Annual report on the Civil Veterinary Department, Burma (including the Insein Veterinary School) - 1923-1931
Year: 1923
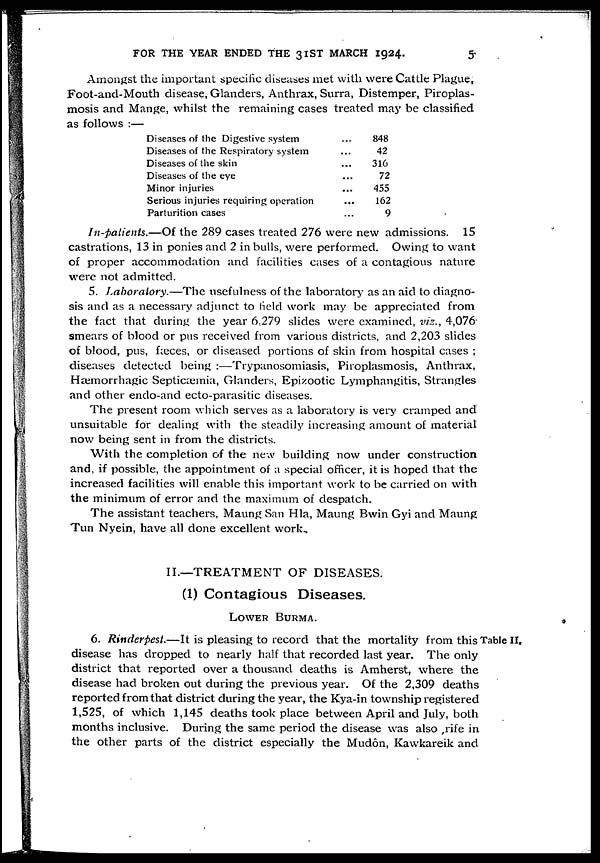
FOR THE YEAR ENDED THE 31ST MARCH 1924.
5
Amongst the important specific diseases met with were Cattle Plague,
Foot-and-Mouth disease, Glanders, Anthrax, Surra, Distemper, Piroplas-
mosis and Mange, whilst the remaining cases treated may be classified
as follows :—
Diseases of the Digestive system ...
Diseases of the Respiratory system ...
Diseases of the skin ...
Diseases of the eye ...
Minor injuries ...
Serious injuries requiring operation ...
Parturition cases ...
848
42
316
72
455
162
9
In-patients.—Of the 289 cases treated 276 were new admissions. 15
castrations, 13 in ponies and 2 in bulls, were performed. Owing to want
of proper accommodation and facilities cases of a contagious nature
were not admitted.
5. Laboratory.—The usefulness of the laboratory as an aid to diagno-
sis and as a necessary adjunct to Held work may be appreciated from
the fact that during the year 6.279 slides were examined, viz., 4,076
smears of blood or pus received from various districts, and 2,203 slides
of blood, pus, faeces, or diseased portions of skin from hospital cases ;
diseases detected being :—Trypanosomiasis, Piroplasmosis, Anthrax,
Hæmorrhagic Septicæmia, Glanders, Epizootic Lymphangitis, Strangles
and other endo-and ecto-parasitic diseases.
The present room which serves as a laboratory is very cramped and
unsuitable for dealing with the steadily increasing amount of material
now being sent in from the districts.
With the completion of the new building now under construction
and, if possible, the appointment of a special officer, it is hoped that the
increased facilities will enable this important work to be carried on with
the minimum of error and the maximum of despatch.
The assistant teachers, Maung San Hla, Maung Bwin Gyi and Maung
Tun Nyein, have all done excellent work.
II.—TREATMENT OF DISEASES.
(1) Contagious Diseases.
LOWER BURMA.
Table II.
6. Rinderpest.—It is pleasing to record that the mortality from this
disease has dropped to nearly half that recorded last year. The only
district that reported over a thousand deaths is Amherst, where the
disease had broken out during the previous year. Of the 2,309 deaths
reported from that district during the year, the Kya-in township registered
1,525, of which 1,145 deaths took place between April and July, both
months inclusive. During the same period the disease was also ,rife in
the other parts of the district especially the Mudôn, Kawkareik and